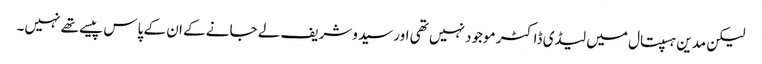
لیکن مدین ہسپتال میں لیڈی ڈاکٹر موجود نہیں تھی اور سیدوشریف لے جانے کے ان کے پاس پیسے تھے نہیں۔